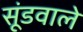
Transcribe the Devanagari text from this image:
सूंडवाले